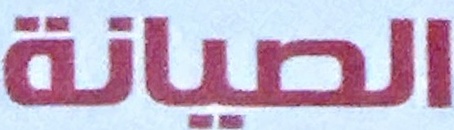
الصيانة